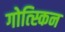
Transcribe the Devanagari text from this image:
गोत्स्किन